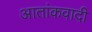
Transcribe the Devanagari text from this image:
आतांकवादी